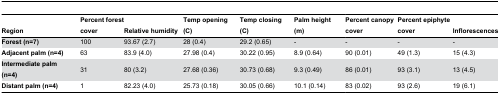
<table><thead><tr><td><b>Region</b></td><td><b>Percent forest cover </b></td><td><b>Relative humidity</b></td><td><b>Temp opening (C)</b></td><td><b>Temp closing (C)</b></td><td><b>Palm height (m)</b></td><td><b>Percent canopy cover</b></td><td><b>Percent epiphyte cover</b></td><td><b>Inflorescences</b></td></tr></thead><tbody><tr><td><b>Forest (n=7)</b></td><td>100</td><td>93.67 (2.7)</td><td>28 (0.4)</td><td>29.2 (0.65)</td><td>-</td><td>-</td><td>-</td><td>-</td></tr><tr><td><b>Adjacent palm (n=4)</b></td><td>63</td><td>83.9 (4.0)</td><td>27.98 (0.4)</td><td>30.22 (0.95)</td><td>8.9 (0.64)</td><td>90 (0.01) </td><td>49 (1.3)</td><td>15 (4.3)</td></tr><tr><td><b>Intermediate palm (n=4)</b></td><td>31</td><td>80 (3.2)</td><td>27.68 (0.36)</td><td>30.73 (0.68)</td><td>9.3 (0.49)</td><td>86 (0.01)</td><td>93 (3.1)</td><td>13 (4.5)</td></tr><tr><td><b>Distant palm (n=4)</b></td><td>1</td><td>82.23 (4.0)</td><td>25.73 (0.18)</td><td>30.05 (0.66)</td><td>10.1 (0.14) </td><td>83 (0.02)</td><td>93 (2.6)</td><td>19 (6.1)</td></tr></tbody></table>